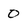
Character: 0